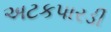
અટકપારડી